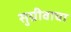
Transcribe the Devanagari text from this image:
सुग्रीवाचा